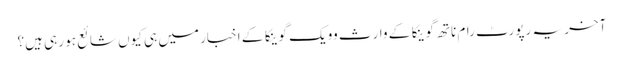
آخر یہ رپورٹ رام ناتھ گوینکا کے وارث وویک گوینکا کے اخبار میں ہی کیوں شائع ہو رہی ہیں؟